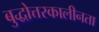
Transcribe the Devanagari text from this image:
बुद्धोत्तरकालीनता